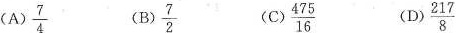
(A) $$ \frac{ 7 } { 4 }$$ （B）$$ \frac { 7 } { 2 }$$ (C) $$\frac { 4 7 5 } { 1 6 }$$ （D）$$\frac { 2 1 7 } { 8 }$$